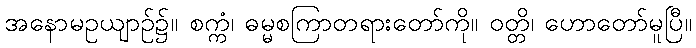
အနောမဥယျာဉ်၌။ စက္ကံ၊ ဓမ္မစကြာတရားတော်ကို။ ဝတ္တိ၊ ဟောတော်မူပြီ။